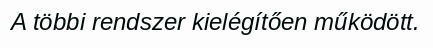
A többi rendszer kielégítően működött.